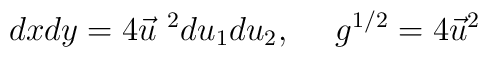
dx dy  =  4\vec{u}^{ ~ 2} du_1 du_2, \ \ \  \  g^{1/2} = 4 \vec{u}^2